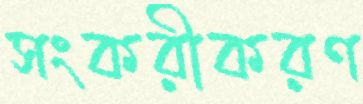
সংকরীকরণ